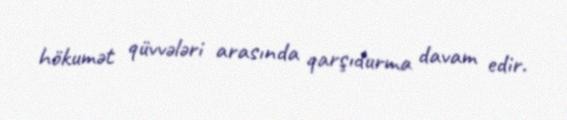
hökumət qüvvələri arasında qarşıdurma davam edir.